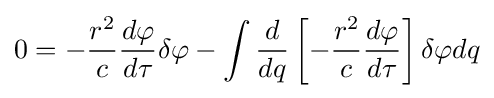
0=-{\frac {r^{2}}{c}}{\frac {d\varphi }{d\tau }}\delta \varphi -\int {{\frac {d}{dq}}\left[-{\frac {r^{2}}{c}}{\frac {d\varphi }{d\tau }}\right]\delta \varphi dq}